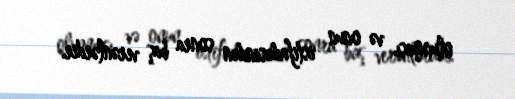
olunması və onun istifadəsindən sonra baş verənlərdir.